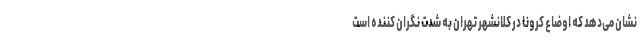
نشان می‌دهد که اوضاع کرونا در کلانشهر تهران به شدت نگران کننده است